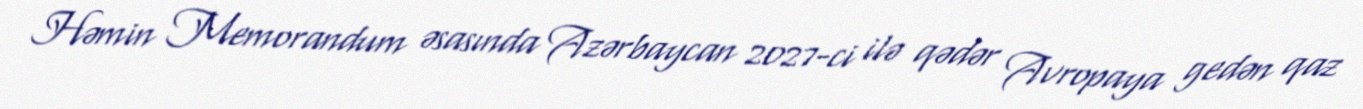
Həmin Memorandum əsasında Azərbaycan 2027-ci ilə qədər Avropaya gedən qaz